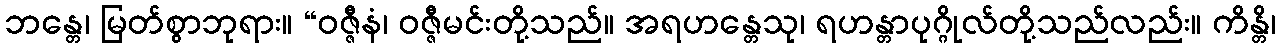
ဘန္တေ၊ မြတ်စွာဘုရား။ “ဝဇ္ဇီနံ၊ ဝဇ္ဇီမင်းတို့သည်။ အရဟန္တေသု၊ ရဟန္တာပုဂ္ဂိုလ်တို့သည်လည်း။ ကိန္တိ၊